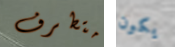
متطرف يكون